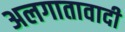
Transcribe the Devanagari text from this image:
अलगातावादी